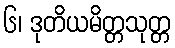
၆၊ ဒုတိယမိတ္တသုတ္တ